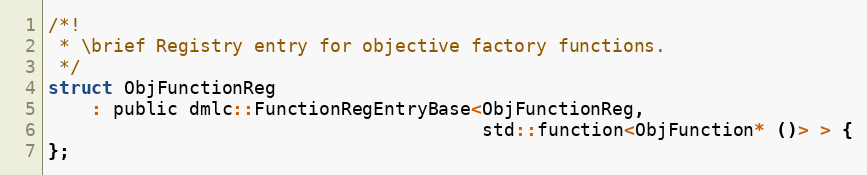
Language: C
/*!
 * \brief Registry entry for objective factory functions.
 */
struct ObjFunctionReg
    : public dmlc::FunctionRegEntryBase<ObjFunctionReg,
                                        std::function<ObjFunction* ()> > {
};